Civil Veterinary Department. United Provinces 1932-42 - 1932-1942
Year: 1932
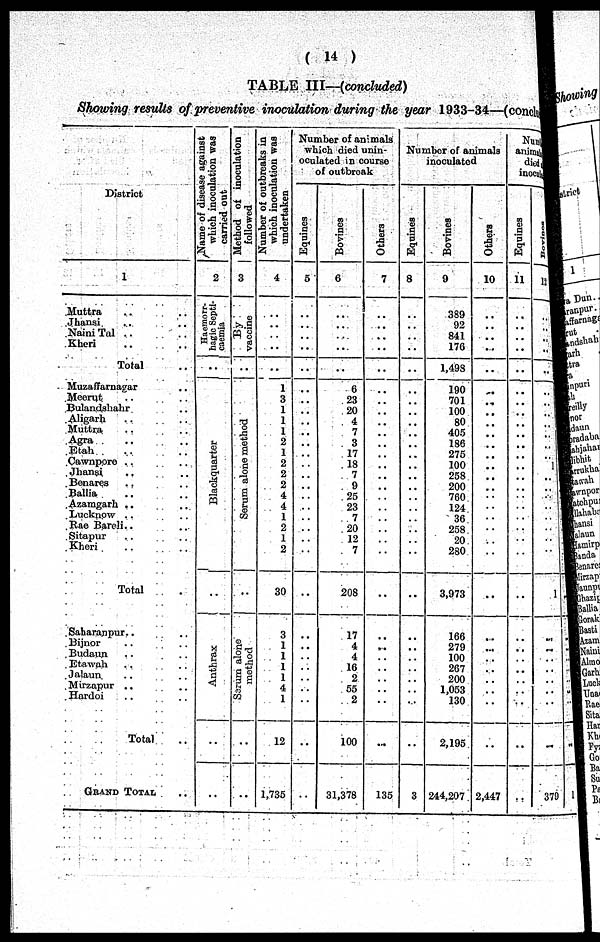
( 14 )
TABLE III—(concluded)
Showing results of preventive inoculation during the year 1933-34—(concludes)
District
1
Muttra .. ..
Jhansi .. ..
Naini Tal .. ..
Kheri .. ..
Total ..
Muzaffarnagar ..
Meerut .. ..
Bulandshahr ..
Aligarh .. ..
Muttra .. ..
Agra
Etah .. ..
Cawnpore .. ..
Jhansi .. ..
Benares .. ..
Ballia .. ..
Azamgarh .. ..
Lucknow .. ..
Rae Bareli .. ..
Sitapur .. ..
Kheri .. ..
Total ..
Saharanpur .. ..
Bijnor .. ..
Budaun .. ..
Etawah .. ..
Jalaun .. ..
Mirzapur .. ..
Hardoi .. ..
Total ..
GRAND TOTAL ..
Name of disease against
which inoculation was
carried out
2
Haemorr-
hagic Septi-
caemia
Blackquarter
Anthrax
Method of inoculation
followed
3
By
vaccine
..
..
Se r
um alone method
..
Serum alone
method
..
..
Number of outbreaks in
which inoculation was
undertaken
4
..
..
..
..
..
1
3
1
1
1
0
1
2
2
2
4
4
1
2
1
2
30
3
1
1
1
1
4
1
12
1,735
Number of animals
which died unin-
oculated in course
of outbreak
Equines
5
..
..
..
..
..
..
..
..
..
..
..
..
..
..
..
..
..
..
..
..
..
..
..
..
..
..
..
..
..
..
..
Bovines
6
..
..
..
..
..
6
23
20
4
7
3
17
18
7
9
25
23
7
20
12
7
208
17
4
4
16
2
55
2
100
31,378
Others
7
..
..
..
..
..
..
..
..
..
..
..
..
..
..
..
..
..
..
..
..
..
..
..
..
..
..
..
..
..
...
135
Number of animals
inoculated.
Equines
8
..
..
..
..
.. ..
..
..
..
..
..
..
..
..
..
..
..
..
..
..
..
..
..
..
..
..
..
..
..
..
..
3
Bovines
9
389
92
841
176
1,498
190
701
100
80
405
186
275
100
258
200
760
124
36
258
20
280
3,973
166
279
100
267
200
1,053
130
2,195
244,207
Others
10
..
..
..
..
..
..
..
..
..
..
..
..
..
..
..
..
..
..
..
..
..
..
..
..
..
..
..
..
..
..
2,447
Number
animals
died
inoculation
Equines
11
..
..
..
..
..
..
..
..
..
..
..
..
..
..
..
..
..
..
..
....
..
..
..
..
Bovines
12
..
..
..
..
..
..
..
..
1
..
..
..
..
..
..
..
..
1
..
..
..
..
..
..
..
..
379